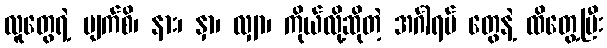
လူတွေရဲ့ မျက်စိ၊ နား၊ နှာ၊ လျှာ၊ ကိုယ်လို့ဆိုတဲ့ အင်္ဂါရပ် တွေနဲ့ ထိတွေ့ပြီး